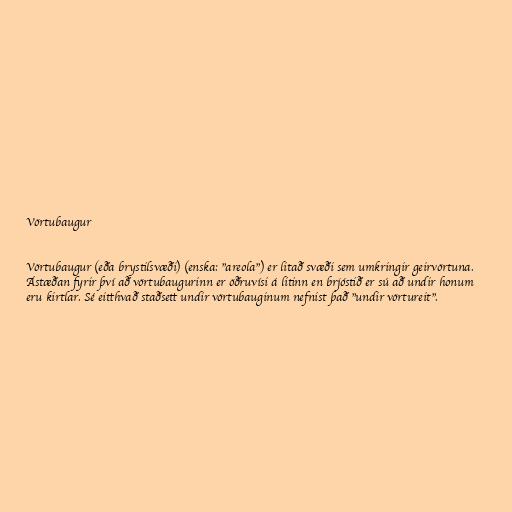
Vörtubaugur

Vörtubaugur (eða brystilsvæði) (enska: "areola") er litað svæði sem umkringir geirvörtuna.
Ástæðan fyrir því að vörtubaugurinn er öðruvísi á litinn en brjóstið er sú að undir honum
eru kirtlar. Sé eitthvað staðsett undir vörtubauginum nefnist það "undir vörtureit".